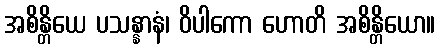
အစိန္တိယေ ပသန္နာနံ၊ ဝိပါကော ဟောတိ အစိန္တိယော။